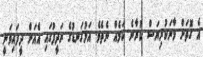
އެ ގޮތަށް މާނަކުރިޔަސް ކުރާނެ ކަމެއް ނެތެވެ. އަޅުގަނޑުގެ ރަދީފުގައި އެއަށް ދީފައިވަނީ